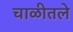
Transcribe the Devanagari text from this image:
चाळीतले